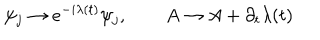
\psi _ { j } \rightarrow e ^ { - i \lambda ( t ) } \psi _ { j } , \qquad A \rightarrow A + \partial _ { t } \lambda ( t )